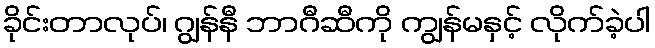
ခိုင်းတာလုပ်၊ ဂျွန်နီ ဘာဂီဆီကို ကျွန်မနှင့် လိုက်ခဲ့ပါ